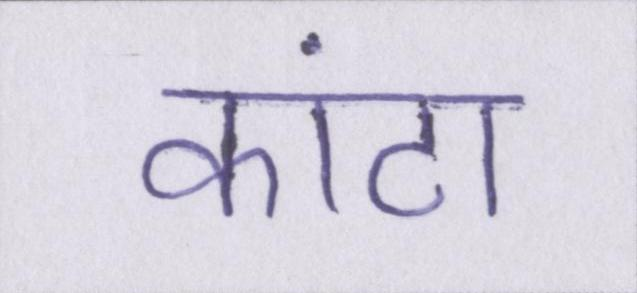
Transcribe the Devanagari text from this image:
कांटा